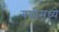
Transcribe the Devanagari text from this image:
गच्चीमध्ये